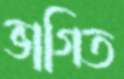
ভাগিত